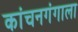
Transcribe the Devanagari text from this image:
कांचनगंगाला